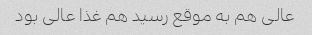
عالی هم به موقع رسید هم غذا عالی بود